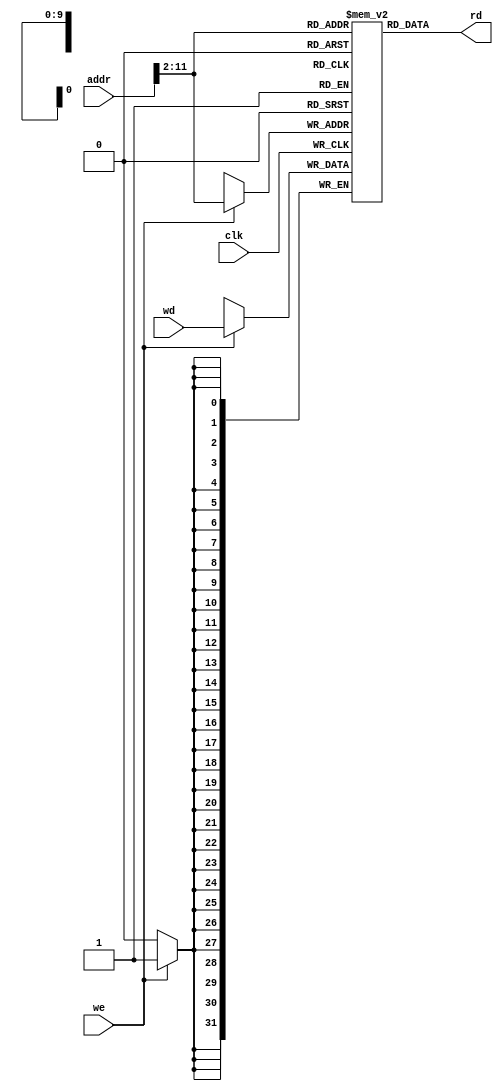
module DataMemory (
    input wire clk,
    input wire we,
    input wire [31:0] addr,
    input wire [31:0] wd,
    output wire [31:0] rd
);
    reg [31:0] memory [0:1023];
    always @(posedge clk) begin
        if (we)
            memory[addr >> 2] <= wd; // Escritura en memoria alineada a 4 bytes
    end
    assign rd = memory[addr >> 2]; // Lectura de memoria alineada a 4 bytes
endmodule